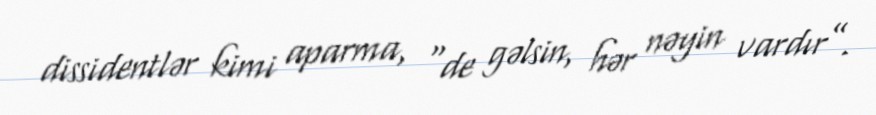
dissidentlər kimi aparma, “de gəlsin, hər nəyin vardır”.